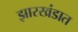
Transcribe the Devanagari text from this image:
झारखंडात